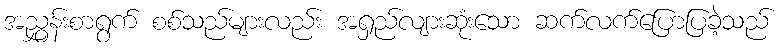
အညွှန်းစာရွက် စစ်သည်များလည်း အရှည်လျားဆုံးသော ဆက်လက်ပြောပြခဲ့သည်